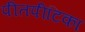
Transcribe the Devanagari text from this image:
पीतपीटिका